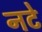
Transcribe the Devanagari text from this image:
नटे